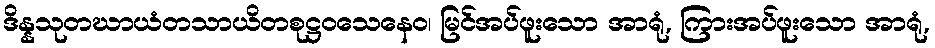
ဒိန္နသုတဃာယံတသာယိတစုဋ္ဌဝသေနေဝ၊ မြင်အပ်ဖူးသော အာရုံ, ကြားအပ်ဖူးသော အာရုံ,